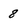
Character: 8